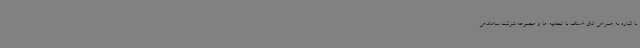
با اشاره به همراهی اتاق اصناف با اتحادیه ها و مجموعه شرکت ساماندهی